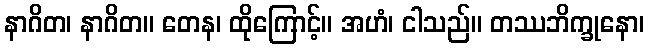
နာဂိတ၊ နာဂိတ။ တေန၊ ထိုကြောင့်။ အဟံ၊ ငါသည်။ တဿဘိက္ခုနော၊